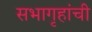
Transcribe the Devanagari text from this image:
सभागृहांची